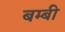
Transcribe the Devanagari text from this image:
बम्बी